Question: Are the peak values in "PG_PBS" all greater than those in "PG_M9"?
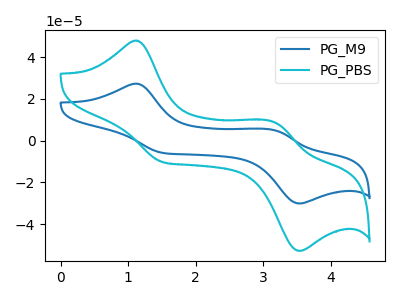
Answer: <think>The blue curve "PG_M9" has anodic peaks at (1.10V, 27.30uA) (3.15V, 4.95uA) and cathodic peaks at (1.50V, -5.85uA) (3.55V, -30.10uA). The cyan curve "PG_PBS" has anodic peaks at (1.10V, 47.95uA) (3.15V, 8.70uA) and cathodic peaks at (1.50V, -10.30uA) (3.55V, -52.80uA).</think>
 <answer>Every peak in "PG_PBS" is higher than every peak in "PG_M9".</answer>
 <eval>higher</eval>